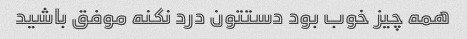
همه چیز خوب بود دستتون درد نکنه موفق باشید